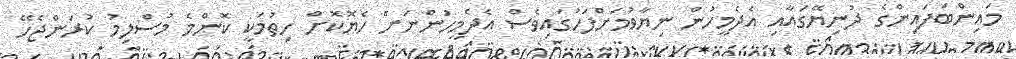
މައިންބަފައިންގެ ދުނިޔޭގައާއި އެދެމީހުން ނިޔާވުމަށްފަހުގައިވެސް އެދެމީހުންނަށް ހެޔޮކޮށް ހިތުމަކީ ކޮންމެ މުސްލިމު ކުރަންޖެހޭ